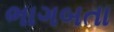
ભાગબતા